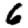
Digit: 6